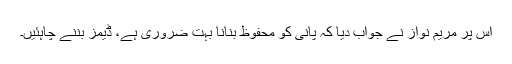
اس پر مریم نواز نے جواب دیا کہ پانی کو محفوظ بنانا بہت ضروری ہے، ڈیمز بننے چاہئیں۔